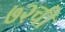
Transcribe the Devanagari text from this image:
७२ची